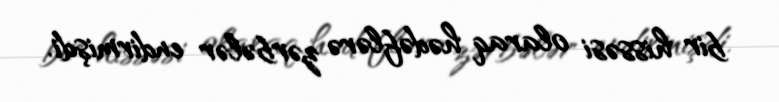
bir hissəsi olaraq hədəflərə zərbələr endirmişdi.